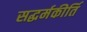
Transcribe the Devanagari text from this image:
सद्धर्मकीर्ति